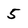
Character: 5